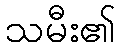
သမီး၏